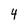
Character: 4